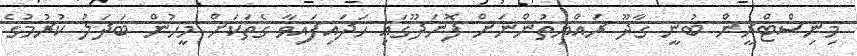
މިނިސްޓްރީން ބުނީ ގާދޫ ރައްޔިތުންނަށް ފޮނަދޫގައި ހަދައިފައިވާ ގެތަކަށް މީހުން ބަދަލު ކުރުމުގެ